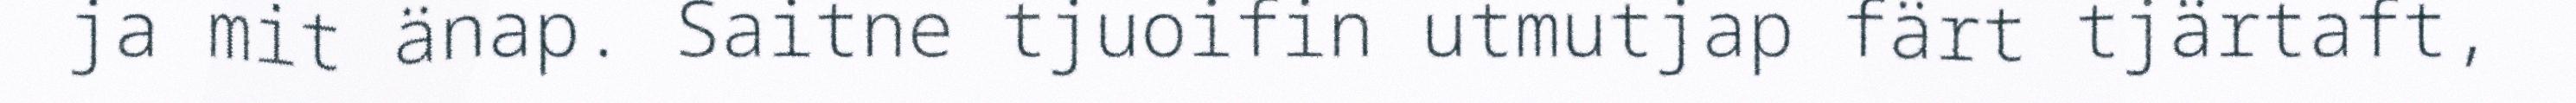
ja mit änap. Saitne tjuoifin utmutjap färt tjärtaft,